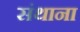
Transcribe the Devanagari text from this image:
संथाना